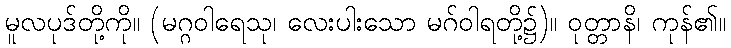
မူလပုဒ်တို့ကို။ (မဂ္ဂဝါရေသု၊ လေးပါးသော မဂ်ဝါရတို့၌)။ ဝုတ္တာနိ၊ ကုန်၏။